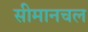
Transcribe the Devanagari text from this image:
सीमानचल